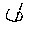
Letter: _dad